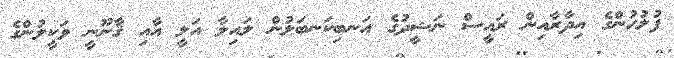
ފުލުހުންގެ އިދާރާއިން ރައީސް ނަޝީދުގެ އަނބިކަނބަލުން ލައިލާ އަލީ އާއި ޤާނޫނީ ވަކީލުންގެ